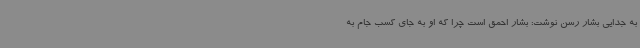
به جدایی بشار رسن نوشت: بشار احمق است چرا که او به جای کسب جام به